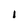
Character: I